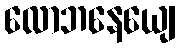
လောဘနေယျေ